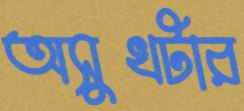
অসুখটার